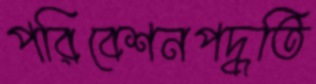
পরিবেশনপদ্ধতি